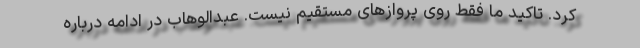
کرد. تاکید ما فقط روی پروازهای مستقیم نیست. عبدالوهاب در ادامه درباره